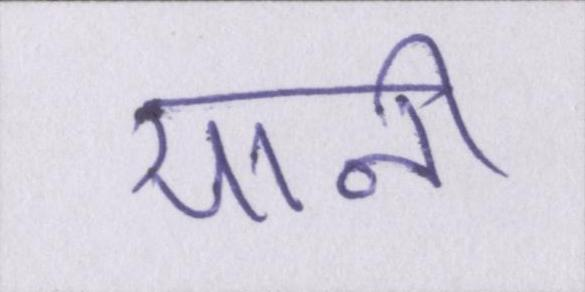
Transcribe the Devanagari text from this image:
यानी